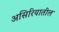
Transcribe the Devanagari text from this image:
असिरियातील